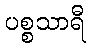
ပစ္စသာရီ